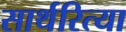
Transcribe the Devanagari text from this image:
सार्थरित्या